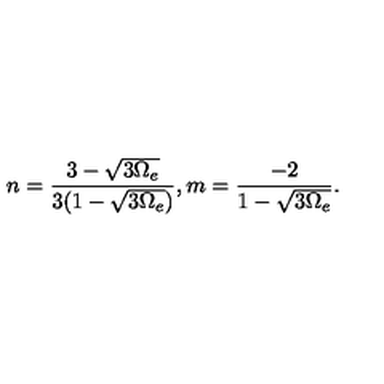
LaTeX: n = \frac { 3 - \sqrt { 3 \Omega _ { e } } } { 3 ( 1 - \sqrt { 3 \Omega _ { e } } ) } , m = \frac { - 2 } { 1 - \sqrt { 3 \Omega _ { e } } } .